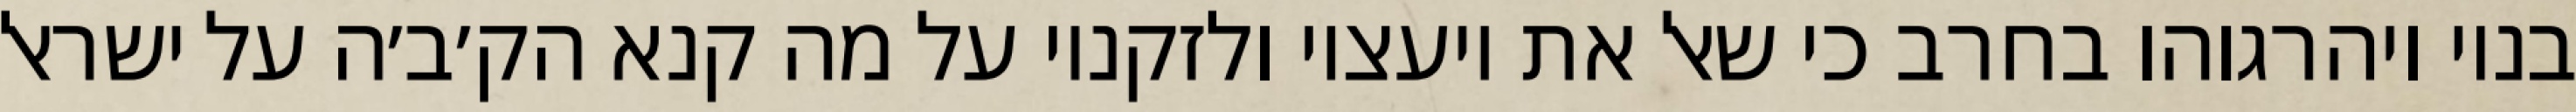
בניו ויהרגוהו בחרב כי שאל את יועציו ולזקניו על מה קנא הק׳ב׳ה על ישראל